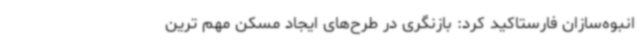
انبوه‌سازان فارستاکید کرد: بازنگری در طرح‌های ایجاد مسکن مهم ترین